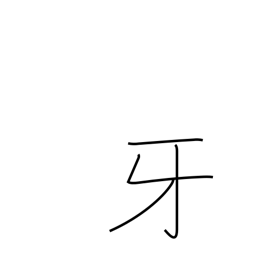
Meaning: fang